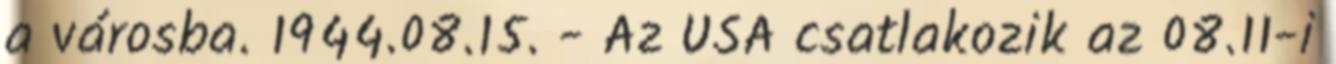
a városba. 1944.08.15. - Az USA csatlakozik az 08.11-i